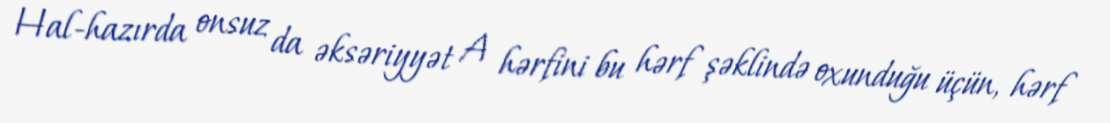
Hal-hazırda onsuz da əksəriyyət A hərfini bu hərf şəklində oxunduğu üçün, hərf